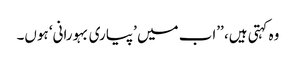
وہ کہتی ہیں، ’’اب میں ’پیاری بہورانی‘ ہوں۔